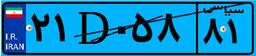
۲۶D۴۱۳۷۸